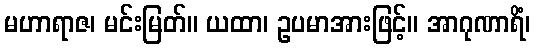
မဟာရာဇ၊ မင်းမြတ်။ ယထာ၊ ဥပမာအားဖြင့်။ အာဂုဏာရိံ၊